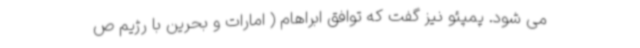
می شود. پمپئو نیز گفت که توافق ابراهام ( امارات و بحرین با رژیم ص